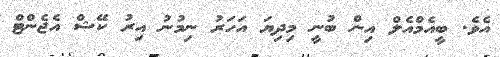
އެވެ. ބީއެމްއެލް އިން ބުނީ މިދިޔަ އަހަރު ނިމުނު އިރު ކޭޝް އެޖެންޓް